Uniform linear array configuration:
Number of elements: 48
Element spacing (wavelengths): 1
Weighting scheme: hann
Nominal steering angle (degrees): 45
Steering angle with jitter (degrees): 44.515
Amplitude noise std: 0.05
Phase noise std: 0.05

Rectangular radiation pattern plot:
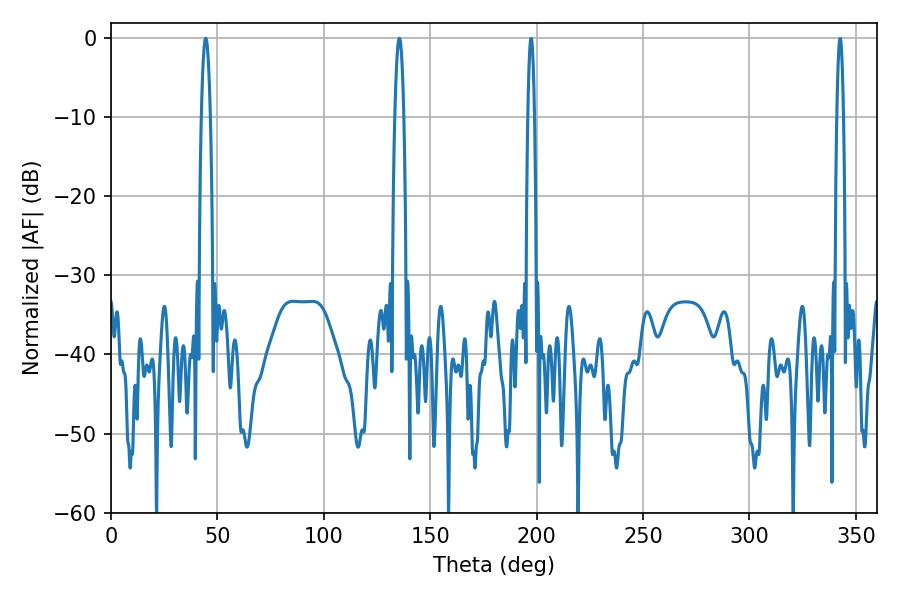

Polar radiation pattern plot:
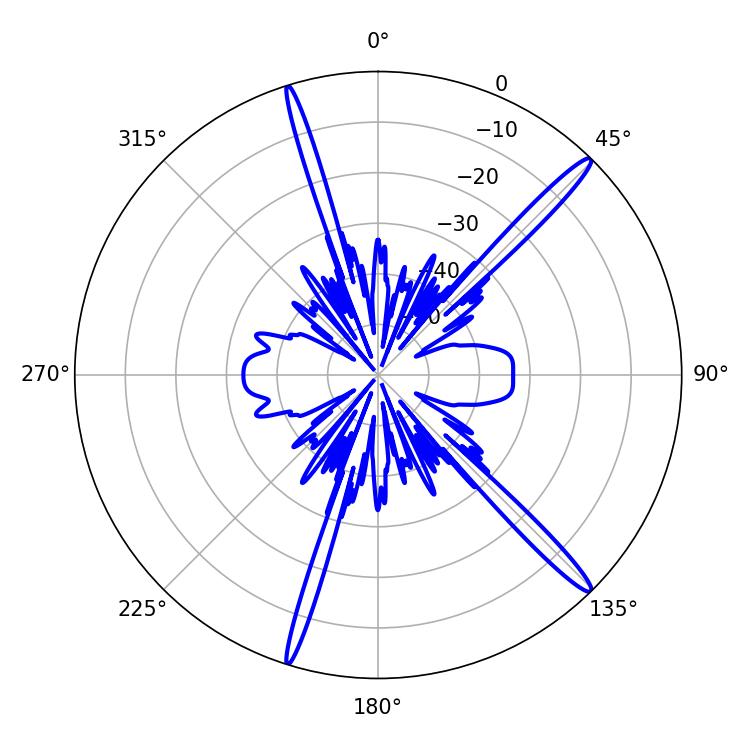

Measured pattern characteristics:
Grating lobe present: TRUE
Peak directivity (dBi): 16.717
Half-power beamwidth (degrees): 2.34
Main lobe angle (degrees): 44.46